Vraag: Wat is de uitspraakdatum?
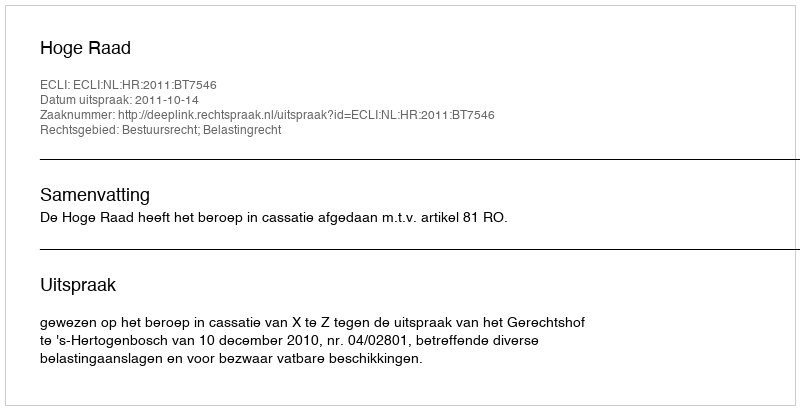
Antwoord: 2011-10-14